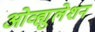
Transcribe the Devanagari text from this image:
ओव्ह्युलेशन